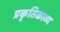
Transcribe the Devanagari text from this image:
प्रकृतिकाव्य